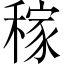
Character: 稼